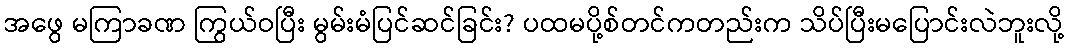
အဖွေ မကြာခဏ ကြွယ်ဝပြီး မွမ်းမံပြင်ဆင်ခြင်း? ပထမပို့စ်တင်ကတည်းက သိပ်ပြီးမပြောင်းလဲဘူးလို့